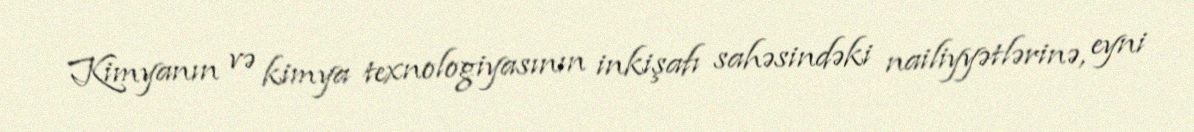
Kimyanın və kimya texnologiyasının inkişafı sahəsindəki nailiyyətlərinə, eyni